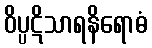
ဝိပ္ပဋိသာရနိရောဓံ